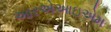
આરએઆઇએમ